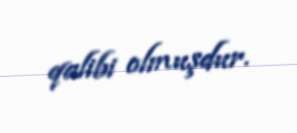
qalibi olmuşdur.